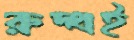
রুদ্ধই